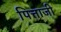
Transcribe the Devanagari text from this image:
पित्ताजी